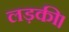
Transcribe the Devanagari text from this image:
लड़की।